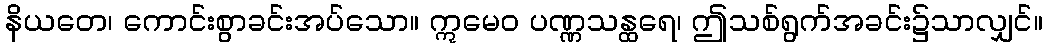
နိယတေ၊ ကောင်းစွာခင်းအပ်သော။ ဣမေဝ ပဏ္ဏသန္ထရေ၊ ဤသစ်ရွက်အခင်း၌သာလျှင်။